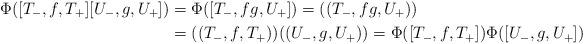
LaTeX: \begin{align*} \Phi([T_-,f,T_+][U_-,g,U_+])&=\Phi([T_-,fg,U_+])=((T_-,fg,U_+))\\ &=((T_-,f,T_+))((U_-,g,U_+))=\Phi([T_-,f,T_+])\Phi([U_-,g,U_+])\end{align*}